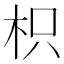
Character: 枳